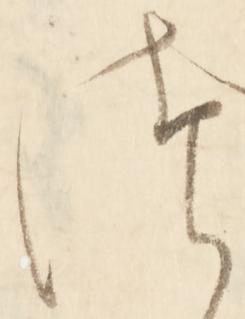
つ